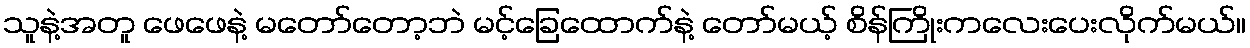
သူနဲ့အတူ ဖေဖေနဲ့ မတော်တော့ဘဲ မင့်ခြေထောက်နဲ့ တော်မယ့် စိန်ကြိုးကလေးပေးလိုက်မယ်။